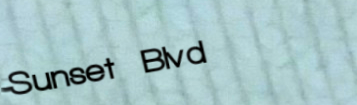
Sunset Blvd